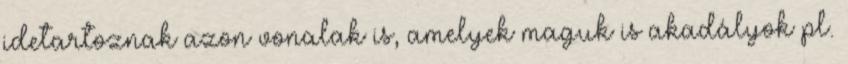
idetartoznak azon vonalak is, amelyek maguk is akadályok pl.